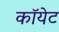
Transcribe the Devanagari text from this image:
कॉयेट